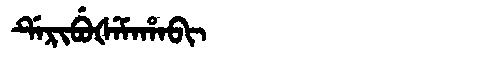
Manchu: ᡩᡝᡵᡳᠪᡠᡧᡝᠮᠠᡥᠠᠪᡳ
Romanization: DERIBUŠEMAHABI